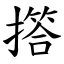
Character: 撘